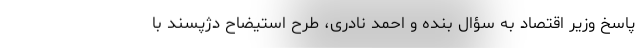
پاسخ وزیر اقتصاد به سؤال بنده و احمد نادری، طرح استیضاح دژپسند با